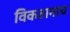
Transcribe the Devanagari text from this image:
विकतानाच